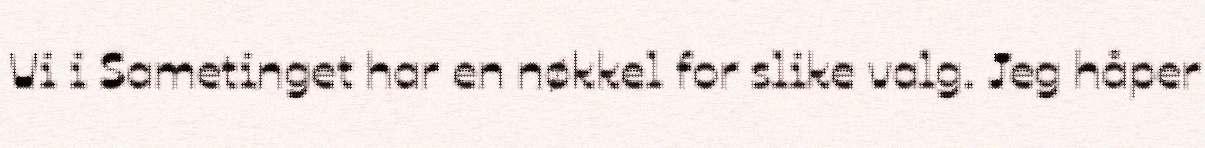
Vi i Sametinget har en nøkkel for slike valg. Jeg håper